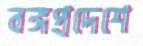
বঙ্গপ্রদেশে